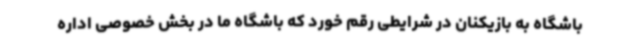
باشگاه به بازیکنان در شرایطی رقم خورد که باشگاه ما در بخش خصوصی اداره